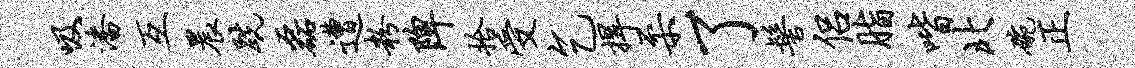
吸潘互晨跣磊遭粉陴拾受乞捍柔了髻侣脂喈北碗正